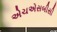
એચએસબીસી